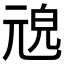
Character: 𠒜